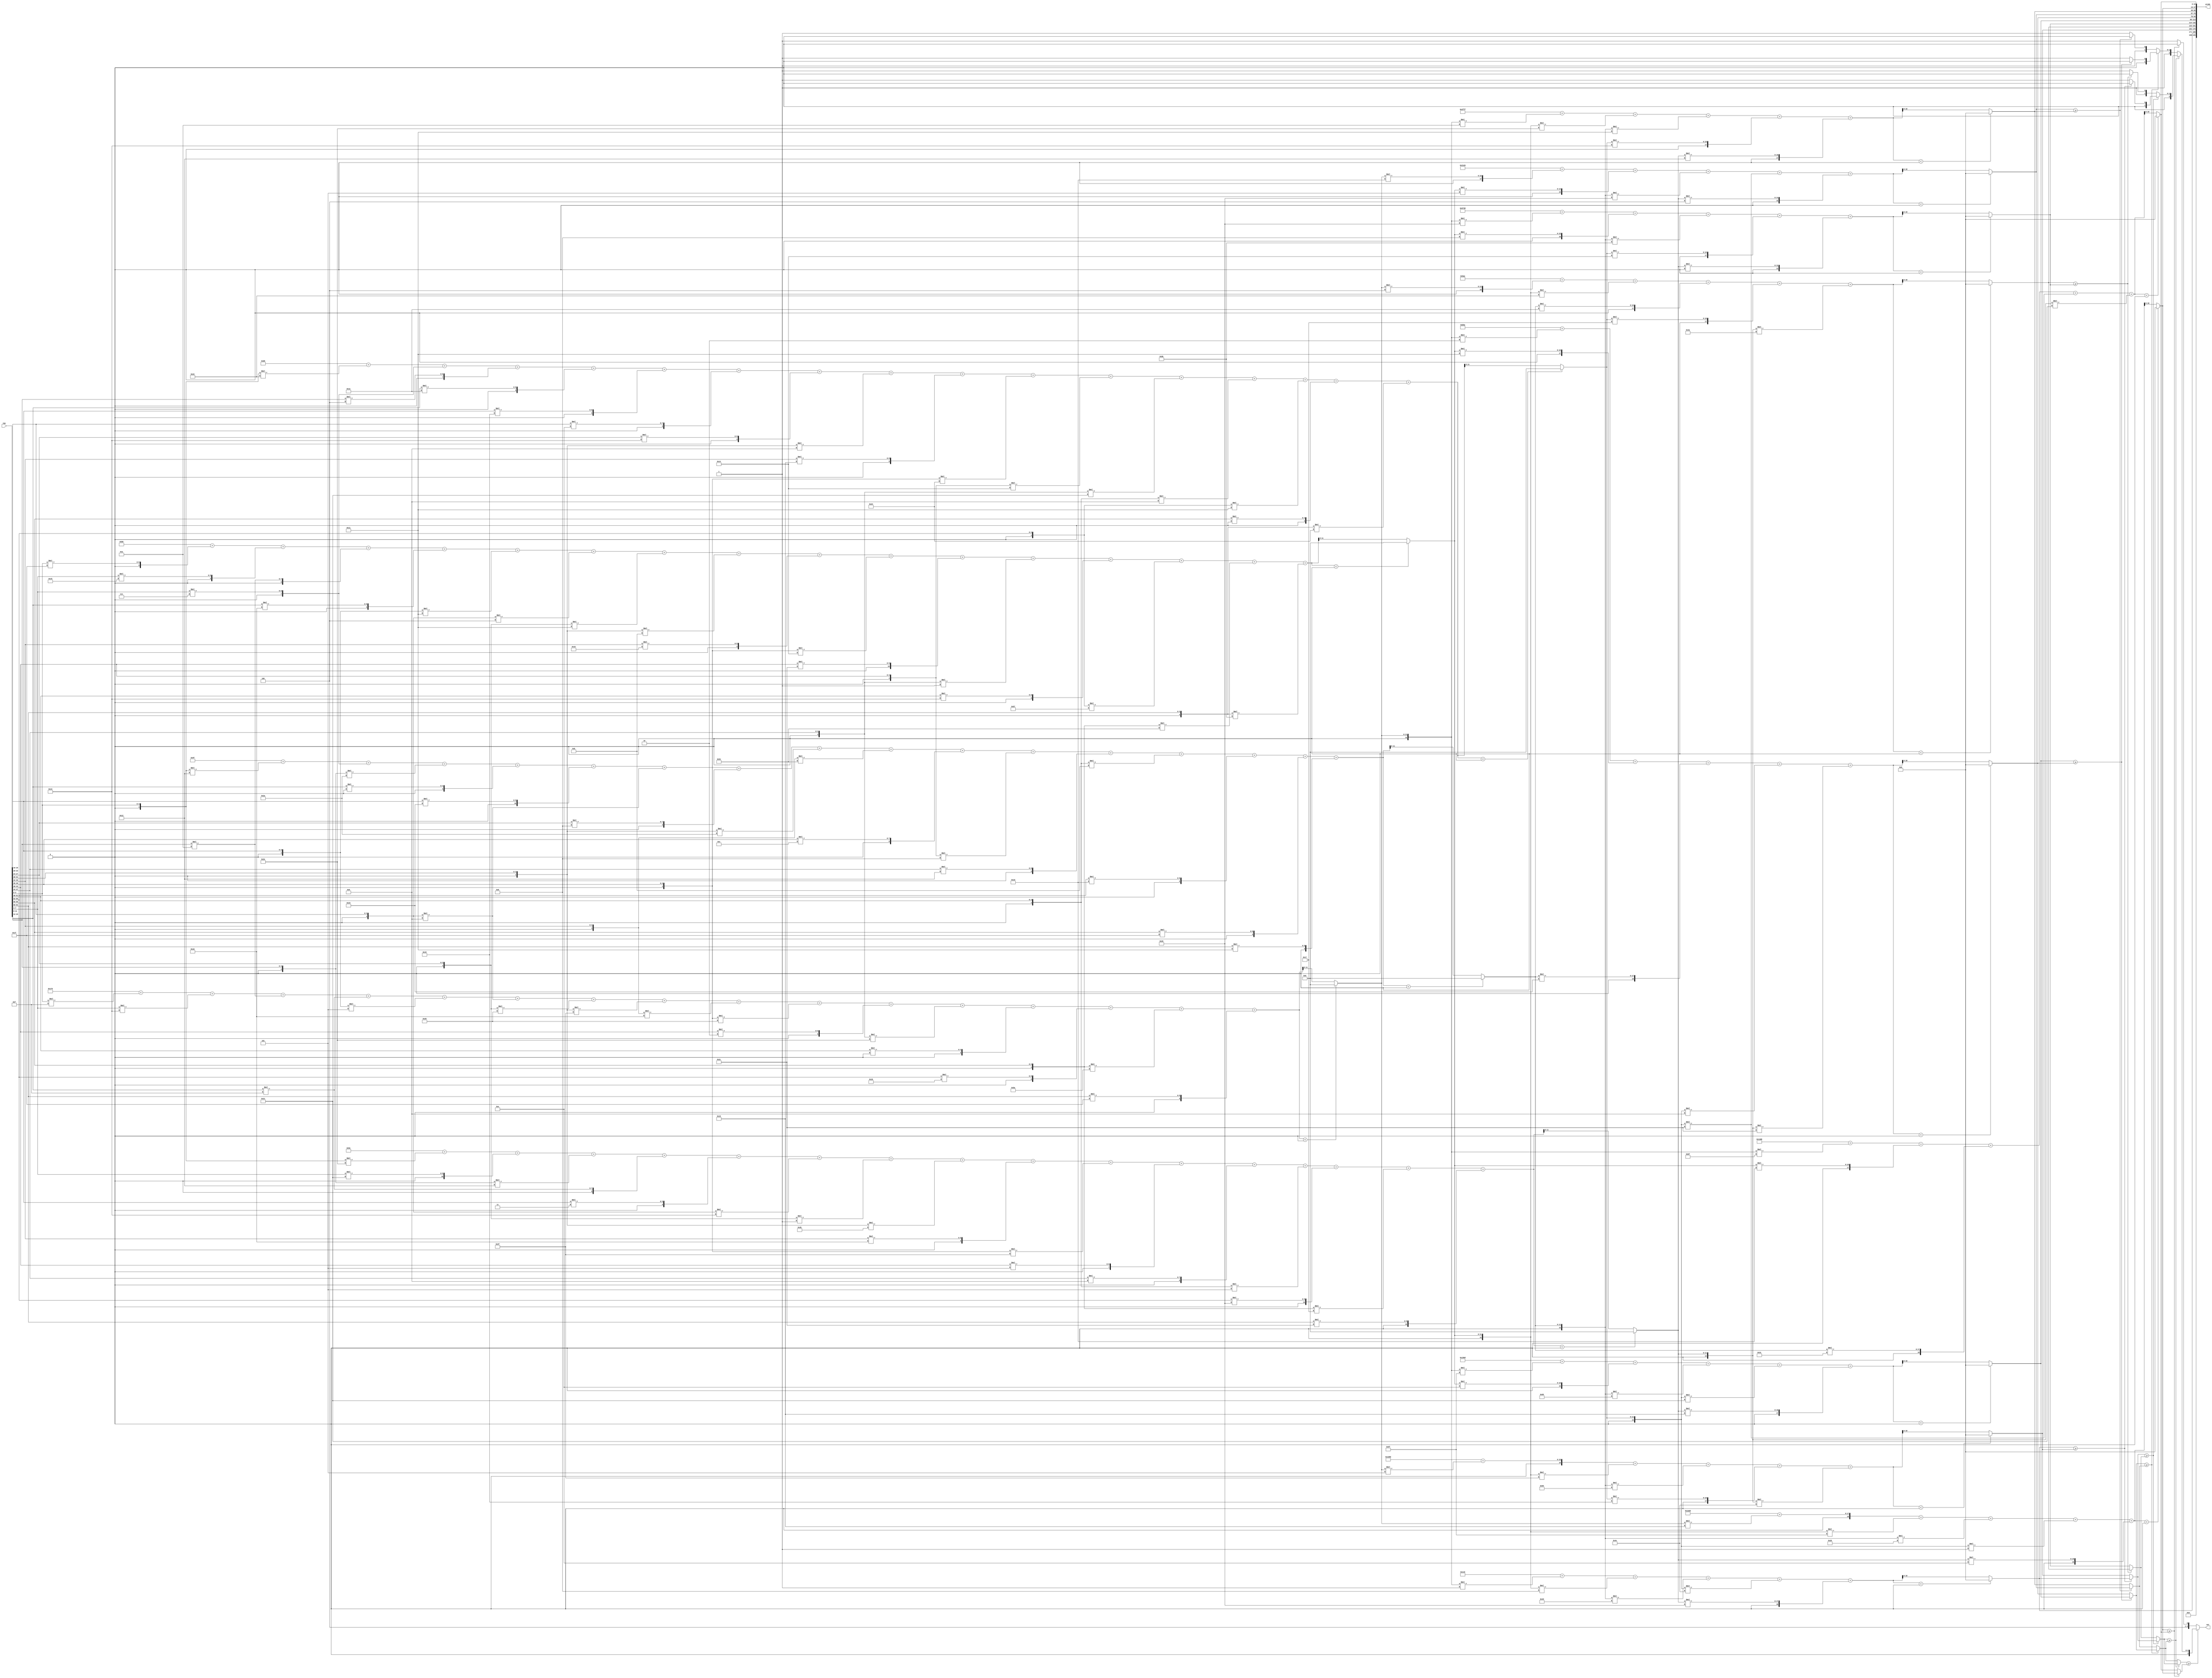
//weights: [[[15, 19, 10, 15, -3, -7, -24, -17, -16, -24, 2, -18, 0, 27, -38, 31], [31, 21, 10, 16, -15, -4, -15, -5, 22, -12, 44, -1, 19, -41, -44, -37], [-14, 7, -22, 0, 35, -7, 8, -22, -44, 12, -8, 18, -5, 29, 31, 17], [-30, 7, 4, 30, 25, 14, 19, -7, 24, -28, -12, -31, -7, -15, 0, -28], [-18, 33, -14, 15, 3, -13, -1, -21, 16, -17, 5, 9, -3, 38, -9, 44]], [[-1, -8, -51, -50, 38], [5, -17, -39, 25, -50], [4, -30, 30, 23, -54], [-26, 8, -37, 20, 0], [-33, 14, -40, -31, 24], [-2, 17, 35, -7, -20], [29, 5, -26, -20, 4], [-6, -18, -15, 19, 18], [24, -33, -27, -1, 14], [-65, 29, 49, -20, -31]]]
//intercepts: [[377, -72, -97, 208, -34], [281, 7576, -1618, -10440, 6413, -1190, -7701, -4225, 6749, 5072]]
//act size: [4, 12, 19]
//pred num: 10
module top (inp, predo, out);
input [63:0] inp;
output [199:0] predo;
output [3:0] out;

// layer: 0 - neuron: 0
    wire signed [11:0] n_0_0_po_0;
    //weight 15: 8'sb00001111
    assign n_0_0_po_0 = $signed({1'b0, inp[3:0]}) * 8'sb00001111;

    wire signed [11:0] n_0_0_po_1;
    //weight 19: 8'sb00010011
    assign n_0_0_po_1 = $signed({1'b0, inp[7:4]}) * 8'sb00010011;

    wire signed [11:0] n_0_0_po_2;
    //weight 10: 8'sb00001010
    assign n_0_0_po_2 = $signed({1'b0, inp[11:8]}) * 8'sb00001010;

    wire signed [11:0] n_0_0_po_3;
    //weight 15: 8'sb00001111
    assign n_0_0_po_3 = $signed({1'b0, inp[15:12]}) * 8'sb00001111;

    wire signed [11:0] n_0_0_po_4;
    //weight -3: 8'sb11111101
    assign n_0_0_po_4 = $signed({1'b0, inp[19:16]}) * 8'sb11111101;

    wire signed [11:0] n_0_0_po_5;
    //weight -7: 8'sb11111001
    assign n_0_0_po_5 = $signed({1'b0, inp[23:20]}) * 8'sb11111001;

    wire signed [11:0] n_0_0_po_6;
    //weight -24: 8'sb11101000
    assign n_0_0_po_6 = $signed({1'b0, inp[27:24]}) * 8'sb11101000;

    wire signed [11:0] n_0_0_po_7;
    //weight -17: 8'sb11101111
    assign n_0_0_po_7 = $signed({1'b0, inp[31:28]}) * 8'sb11101111;

    wire signed [11:0] n_0_0_po_8;
    //weight -16: 8'sb11110000
    assign n_0_0_po_8 = $signed({1'b0, inp[35:32]}) * 8'sb11110000;

    wire signed [11:0] n_0_0_po_9;
    //weight -24: 8'sb11101000
    assign n_0_0_po_9 = $signed({1'b0, inp[39:36]}) * 8'sb11101000;

    wire signed [11:0] n_0_0_po_10;
    //weight 2: 8'sb00000010
    assign n_0_0_po_10 = $signed({1'b0, inp[43:40]}) * 8'sb00000010;

    wire signed [11:0] n_0_0_po_11;
    //weight -18: 8'sb11101110
    assign n_0_0_po_11 = $signed({1'b0, inp[47:44]}) * 8'sb11101110;

    wire signed [11:0] n_0_0_po_12;
    //weight 0: 8'sb00000000
    assign n_0_0_po_12 = $signed({1'b0, inp[51:48]}) * 8'sb00000000;

    wire signed [11:0] n_0_0_po_13;
    //weight 27: 8'sb00011011
    assign n_0_0_po_13 = $signed({1'b0, inp[55:52]}) * 8'sb00011011;

    wire signed [11:0] n_0_0_po_14;
    //weight -38: 8'sb11011010
    assign n_0_0_po_14 = $signed({1'b0, inp[59:56]}) * 8'sb11011010;

    wire signed [11:0] n_0_0_po_15;
    //weight 31: 8'sb00011111
    assign n_0_0_po_15 = $signed({1'b0, inp[63:60]}) * 8'sb00011111;

    wire signed [12:0] n_0_0_sum;
    assign n_0_0_sum = 377 + n_0_0_po_0 + n_0_0_po_1 + n_0_0_po_2 + n_0_0_po_3 + n_0_0_po_4 + n_0_0_po_5 + n_0_0_po_6 + n_0_0_po_7 + n_0_0_po_8 + n_0_0_po_9 + n_0_0_po_10 + n_0_0_po_11 + n_0_0_po_12 + n_0_0_po_13 + n_0_0_po_14 + n_0_0_po_15;
    //relu
    wire [11:0] n_0_0;
    assign n_0_0 = (n_0_0_sum<0) ? $unsigned({12{1'b0}}) : $unsigned(n_0_0_sum[11:0]);

// layer: 0 - neuron: 1
    wire signed [11:0] n_0_1_po_0;
    //weight 31: 8'sb00011111
    assign n_0_1_po_0 = $signed({1'b0, inp[3:0]}) * 8'sb00011111;

    wire signed [11:0] n_0_1_po_1;
    //weight 21: 8'sb00010101
    assign n_0_1_po_1 = $signed({1'b0, inp[7:4]}) * 8'sb00010101;

    wire signed [11:0] n_0_1_po_2;
    //weight 10: 8'sb00001010
    assign n_0_1_po_2 = $signed({1'b0, inp[11:8]}) * 8'sb00001010;

    wire signed [11:0] n_0_1_po_3;
    //weight 16: 8'sb00010000
    assign n_0_1_po_3 = $signed({1'b0, inp[15:12]}) * 8'sb00010000;

    wire signed [11:0] n_0_1_po_4;
    //weight -15: 8'sb11110001
    assign n_0_1_po_4 = $signed({1'b0, inp[19:16]}) * 8'sb11110001;

    wire signed [11:0] n_0_1_po_5;
    //weight -4: 8'sb11111100
    assign n_0_1_po_5 = $signed({1'b0, inp[23:20]}) * 8'sb11111100;

    wire signed [11:0] n_0_1_po_6;
    //weight -15: 8'sb11110001
    assign n_0_1_po_6 = $signed({1'b0, inp[27:24]}) * 8'sb11110001;

    wire signed [11:0] n_0_1_po_7;
    //weight -5: 8'sb11111011
    assign n_0_1_po_7 = $signed({1'b0, inp[31:28]}) * 8'sb11111011;

    wire signed [11:0] n_0_1_po_8;
    //weight 22: 8'sb00010110
    assign n_0_1_po_8 = $signed({1'b0, inp[35:32]}) * 8'sb00010110;

    wire signed [11:0] n_0_1_po_9;
    //weight -12: 8'sb11110100
    assign n_0_1_po_9 = $signed({1'b0, inp[39:36]}) * 8'sb11110100;

    wire signed [11:0] n_0_1_po_10;
    //weight 44: 8'sb00101100
    assign n_0_1_po_10 = $signed({1'b0, inp[43:40]}) * 8'sb00101100;

    wire signed [11:0] n_0_1_po_11;
    //weight -1: 8'sb11111111
    assign n_0_1_po_11 = $signed({1'b0, inp[47:44]}) * 8'sb11111111;

    wire signed [11:0] n_0_1_po_12;
    //weight 19: 8'sb00010011
    assign n_0_1_po_12 = $signed({1'b0, inp[51:48]}) * 8'sb00010011;

    wire signed [11:0] n_0_1_po_13;
    //weight -41: 8'sb11010111
    assign n_0_1_po_13 = $signed({1'b0, inp[55:52]}) * 8'sb11010111;

    wire signed [11:0] n_0_1_po_14;
    //weight -44: 8'sb11010100
    assign n_0_1_po_14 = $signed({1'b0, inp[59:56]}) * 8'sb11010100;

    wire signed [11:0] n_0_1_po_15;
    //weight -37: 8'sb11011011
    assign n_0_1_po_15 = $signed({1'b0, inp[63:60]}) * 8'sb11011011;

    wire signed [12:0] n_0_1_sum;
    assign n_0_1_sum = -72 + n_0_1_po_0 + n_0_1_po_1 + n_0_1_po_2 + n_0_1_po_3 + n_0_1_po_4 + n_0_1_po_5 + n_0_1_po_6 + n_0_1_po_7 + n_0_1_po_8 + n_0_1_po_9 + n_0_1_po_10 + n_0_1_po_11 + n_0_1_po_12 + n_0_1_po_13 + n_0_1_po_14 + n_0_1_po_15;
    //relu
    wire [11:0] n_0_1;
    assign n_0_1 = (n_0_1_sum<0) ? $unsigned({12{1'b0}}) : $unsigned(n_0_1_sum[11:0]);

// layer: 0 - neuron: 2
    wire signed [11:0] n_0_2_po_0;
    //weight -14: 8'sb11110010
    assign n_0_2_po_0 = $signed({1'b0, inp[3:0]}) * 8'sb11110010;

    wire signed [11:0] n_0_2_po_1;
    //weight 7: 8'sb00000111
    assign n_0_2_po_1 = $signed({1'b0, inp[7:4]}) * 8'sb00000111;

    wire signed [11:0] n_0_2_po_2;
    //weight -22: 8'sb11101010
    assign n_0_2_po_2 = $signed({1'b0, inp[11:8]}) * 8'sb11101010;

    wire signed [11:0] n_0_2_po_3;
    //weight 0: 8'sb00000000
    assign n_0_2_po_3 = $signed({1'b0, inp[15:12]}) * 8'sb00000000;

    wire signed [11:0] n_0_2_po_4;
    //weight 35: 8'sb00100011
    assign n_0_2_po_4 = $signed({1'b0, inp[19:16]}) * 8'sb00100011;

    wire signed [11:0] n_0_2_po_5;
    //weight -7: 8'sb11111001
    assign n_0_2_po_5 = $signed({1'b0, inp[23:20]}) * 8'sb11111001;

    wire signed [11:0] n_0_2_po_6;
    //weight 8: 8'sb00001000
    assign n_0_2_po_6 = $signed({1'b0, inp[27:24]}) * 8'sb00001000;

    wire signed [11:0] n_0_2_po_7;
    //weight -22: 8'sb11101010
    assign n_0_2_po_7 = $signed({1'b0, inp[31:28]}) * 8'sb11101010;

    wire signed [11:0] n_0_2_po_8;
    //weight -44: 8'sb11010100
    assign n_0_2_po_8 = $signed({1'b0, inp[35:32]}) * 8'sb11010100;

    wire signed [11:0] n_0_2_po_9;
    //weight 12: 8'sb00001100
    assign n_0_2_po_9 = $signed({1'b0, inp[39:36]}) * 8'sb00001100;

    wire signed [11:0] n_0_2_po_10;
    //weight -8: 8'sb11111000
    assign n_0_2_po_10 = $signed({1'b0, inp[43:40]}) * 8'sb11111000;

    wire signed [11:0] n_0_2_po_11;
    //weight 18: 8'sb00010010
    assign n_0_2_po_11 = $signed({1'b0, inp[47:44]}) * 8'sb00010010;

    wire signed [11:0] n_0_2_po_12;
    //weight -5: 8'sb11111011
    assign n_0_2_po_12 = $signed({1'b0, inp[51:48]}) * 8'sb11111011;

    wire signed [11:0] n_0_2_po_13;
    //weight 29: 8'sb00011101
    assign n_0_2_po_13 = $signed({1'b0, inp[55:52]}) * 8'sb00011101;

    wire signed [11:0] n_0_2_po_14;
    //weight 31: 8'sb00011111
    assign n_0_2_po_14 = $signed({1'b0, inp[59:56]}) * 8'sb00011111;

    wire signed [11:0] n_0_2_po_15;
    //weight 17: 8'sb00010001
    assign n_0_2_po_15 = $signed({1'b0, inp[63:60]}) * 8'sb00010001;

    wire signed [12:0] n_0_2_sum;
    assign n_0_2_sum = -97 + n_0_2_po_0 + n_0_2_po_1 + n_0_2_po_2 + n_0_2_po_3 + n_0_2_po_4 + n_0_2_po_5 + n_0_2_po_6 + n_0_2_po_7 + n_0_2_po_8 + n_0_2_po_9 + n_0_2_po_10 + n_0_2_po_11 + n_0_2_po_12 + n_0_2_po_13 + n_0_2_po_14 + n_0_2_po_15;
    //relu
    wire [11:0] n_0_2;
    assign n_0_2 = (n_0_2_sum<0) ? $unsigned({12{1'b0}}) : $unsigned(n_0_2_sum[11:0]);

// layer: 0 - neuron: 3
    wire signed [11:0] n_0_3_po_0;
    //weight -30: 8'sb11100010
    assign n_0_3_po_0 = $signed({1'b0, inp[3:0]}) * 8'sb11100010;

    wire signed [11:0] n_0_3_po_1;
    //weight 7: 8'sb00000111
    assign n_0_3_po_1 = $signed({1'b0, inp[7:4]}) * 8'sb00000111;

    wire signed [11:0] n_0_3_po_2;
    //weight 4: 8'sb00000100
    assign n_0_3_po_2 = $signed({1'b0, inp[11:8]}) * 8'sb00000100;

    wire signed [11:0] n_0_3_po_3;
    //weight 30: 8'sb00011110
    assign n_0_3_po_3 = $signed({1'b0, inp[15:12]}) * 8'sb00011110;

    wire signed [11:0] n_0_3_po_4;
    //weight 25: 8'sb00011001
    assign n_0_3_po_4 = $signed({1'b0, inp[19:16]}) * 8'sb00011001;

    wire signed [11:0] n_0_3_po_5;
    //weight 14: 8'sb00001110
    assign n_0_3_po_5 = $signed({1'b0, inp[23:20]}) * 8'sb00001110;

    wire signed [11:0] n_0_3_po_6;
    //weight 19: 8'sb00010011
    assign n_0_3_po_6 = $signed({1'b0, inp[27:24]}) * 8'sb00010011;

    wire signed [11:0] n_0_3_po_7;
    //weight -7: 8'sb11111001
    assign n_0_3_po_7 = $signed({1'b0, inp[31:28]}) * 8'sb11111001;

    wire signed [11:0] n_0_3_po_8;
    //weight 24: 8'sb00011000
    assign n_0_3_po_8 = $signed({1'b0, inp[35:32]}) * 8'sb00011000;

    wire signed [11:0] n_0_3_po_9;
    //weight -28: 8'sb11100100
    assign n_0_3_po_9 = $signed({1'b0, inp[39:36]}) * 8'sb11100100;

    wire signed [11:0] n_0_3_po_10;
    //weight -12: 8'sb11110100
    assign n_0_3_po_10 = $signed({1'b0, inp[43:40]}) * 8'sb11110100;

    wire signed [11:0] n_0_3_po_11;
    //weight -31: 8'sb11100001
    assign n_0_3_po_11 = $signed({1'b0, inp[47:44]}) * 8'sb11100001;

    wire signed [11:0] n_0_3_po_12;
    //weight -7: 8'sb11111001
    assign n_0_3_po_12 = $signed({1'b0, inp[51:48]}) * 8'sb11111001;

    wire signed [11:0] n_0_3_po_13;
    //weight -15: 8'sb11110001
    assign n_0_3_po_13 = $signed({1'b0, inp[55:52]}) * 8'sb11110001;

    wire signed [11:0] n_0_3_po_14;
    //weight 0: 8'sb00000000
    assign n_0_3_po_14 = $signed({1'b0, inp[59:56]}) * 8'sb00000000;

    wire signed [11:0] n_0_3_po_15;
    //weight -28: 8'sb11100100
    assign n_0_3_po_15 = $signed({1'b0, inp[63:60]}) * 8'sb11100100;

    wire signed [12:0] n_0_3_sum;
    assign n_0_3_sum = 208 + n_0_3_po_0 + n_0_3_po_1 + n_0_3_po_2 + n_0_3_po_3 + n_0_3_po_4 + n_0_3_po_5 + n_0_3_po_6 + n_0_3_po_7 + n_0_3_po_8 + n_0_3_po_9 + n_0_3_po_10 + n_0_3_po_11 + n_0_3_po_12 + n_0_3_po_13 + n_0_3_po_14 + n_0_3_po_15;
    //relu
    wire [11:0] n_0_3;
    assign n_0_3 = (n_0_3_sum<0) ? $unsigned({12{1'b0}}) : $unsigned(n_0_3_sum[11:0]);

// layer: 0 - neuron: 4
    wire signed [11:0] n_0_4_po_0;
    //weight -18: 8'sb11101110
    assign n_0_4_po_0 = $signed({1'b0, inp[3:0]}) * 8'sb11101110;

    wire signed [11:0] n_0_4_po_1;
    //weight 33: 8'sb00100001
    assign n_0_4_po_1 = $signed({1'b0, inp[7:4]}) * 8'sb00100001;

    wire signed [11:0] n_0_4_po_2;
    //weight -14: 8'sb11110010
    assign n_0_4_po_2 = $signed({1'b0, inp[11:8]}) * 8'sb11110010;

    wire signed [11:0] n_0_4_po_3;
    //weight 15: 8'sb00001111
    assign n_0_4_po_3 = $signed({1'b0, inp[15:12]}) * 8'sb00001111;

    wire signed [11:0] n_0_4_po_4;
    //weight 3: 8'sb00000011
    assign n_0_4_po_4 = $signed({1'b0, inp[19:16]}) * 8'sb00000011;

    wire signed [11:0] n_0_4_po_5;
    //weight -13: 8'sb11110011
    assign n_0_4_po_5 = $signed({1'b0, inp[23:20]}) * 8'sb11110011;

    wire signed [11:0] n_0_4_po_6;
    //weight -1: 8'sb11111111
    assign n_0_4_po_6 = $signed({1'b0, inp[27:24]}) * 8'sb11111111;

    wire signed [11:0] n_0_4_po_7;
    //weight -21: 8'sb11101011
    assign n_0_4_po_7 = $signed({1'b0, inp[31:28]}) * 8'sb11101011;

    wire signed [11:0] n_0_4_po_8;
    //weight 16: 8'sb00010000
    assign n_0_4_po_8 = $signed({1'b0, inp[35:32]}) * 8'sb00010000;

    wire signed [11:0] n_0_4_po_9;
    //weight -17: 8'sb11101111
    assign n_0_4_po_9 = $signed({1'b0, inp[39:36]}) * 8'sb11101111;

    wire signed [11:0] n_0_4_po_10;
    //weight 5: 8'sb00000101
    assign n_0_4_po_10 = $signed({1'b0, inp[43:40]}) * 8'sb00000101;

    wire signed [11:0] n_0_4_po_11;
    //weight 9: 8'sb00001001
    assign n_0_4_po_11 = $signed({1'b0, inp[47:44]}) * 8'sb00001001;

    wire signed [11:0] n_0_4_po_12;
    //weight -3: 8'sb11111101
    assign n_0_4_po_12 = $signed({1'b0, inp[51:48]}) * 8'sb11111101;

    wire signed [11:0] n_0_4_po_13;
    //weight 38: 8'sb00100110
    assign n_0_4_po_13 = $signed({1'b0, inp[55:52]}) * 8'sb00100110;

    wire signed [11:0] n_0_4_po_14;
    //weight -9: 8'sb11110111
    assign n_0_4_po_14 = $signed({1'b0, inp[59:56]}) * 8'sb11110111;

    wire signed [11:0] n_0_4_po_15;
    //weight 44: 8'sb00101100
    assign n_0_4_po_15 = $signed({1'b0, inp[63:60]}) * 8'sb00101100;

    wire signed [12:0] n_0_4_sum;
    assign n_0_4_sum = -34 + n_0_4_po_0 + n_0_4_po_1 + n_0_4_po_2 + n_0_4_po_3 + n_0_4_po_4 + n_0_4_po_5 + n_0_4_po_6 + n_0_4_po_7 + n_0_4_po_8 + n_0_4_po_9 + n_0_4_po_10 + n_0_4_po_11 + n_0_4_po_12 + n_0_4_po_13 + n_0_4_po_14 + n_0_4_po_15;
    //relu
    wire [11:0] n_0_4;
    assign n_0_4 = (n_0_4_sum<0) ? $unsigned({12{1'b0}}) : $unsigned(n_0_4_sum[11:0]);

// layer: 1 - neuron: 0
    wire signed [19:0] n_1_0_po_0;
    //weight -1: 8'sb11111111
    assign n_1_0_po_0 = $signed({1'b0, n_0_0}) * 8'sb11111111;

    wire signed [19:0] n_1_0_po_1;
    //weight -8: 8'sb11111000
    assign n_1_0_po_1 = $signed({1'b0, n_0_1}) * 8'sb11111000;

    wire signed [19:0] n_1_0_po_2;
    //weight -51: 8'sb11001101
    assign n_1_0_po_2 = $signed({1'b0, n_0_2}) * 8'sb11001101;

    wire signed [19:0] n_1_0_po_3;
    //weight -50: 8'sb11001110
    assign n_1_0_po_3 = $signed({1'b0, n_0_3}) * 8'sb11001110;

    wire signed [19:0] n_1_0_po_4;
    //weight 38: 8'sb00100110
    assign n_1_0_po_4 = $signed({1'b0, n_0_4}) * 8'sb00100110;

    wire signed [19:0] n_1_0_sum;
    assign n_1_0_sum = 281 + n_1_0_po_0 + n_1_0_po_1 + n_1_0_po_2 + n_1_0_po_3 + n_1_0_po_4;
    //relu
    wire [18:0] n_1_0;
    assign n_1_0 = (n_1_0_sum<0) ? $unsigned({19{1'b0}}) : $unsigned(n_1_0_sum[18:0]);

// layer: 1 - neuron: 1
    wire signed [19:0] n_1_1_po_0;
    //weight 5: 8'sb00000101
    assign n_1_1_po_0 = $signed({1'b0, n_0_0}) * 8'sb00000101;

    wire signed [19:0] n_1_1_po_1;
    //weight -17: 8'sb11101111
    assign n_1_1_po_1 = $signed({1'b0, n_0_1}) * 8'sb11101111;

    wire signed [19:0] n_1_1_po_2;
    //weight -39: 8'sb11011001
    assign n_1_1_po_2 = $signed({1'b0, n_0_2}) * 8'sb11011001;

    wire signed [19:0] n_1_1_po_3;
    //weight 25: 8'sb00011001
    assign n_1_1_po_3 = $signed({1'b0, n_0_3}) * 8'sb00011001;

    wire signed [19:0] n_1_1_po_4;
    //weight -50: 8'sb11001110
    assign n_1_1_po_4 = $signed({1'b0, n_0_4}) * 8'sb11001110;

    wire signed [19:0] n_1_1_sum;
    assign n_1_1_sum = 7576 + n_1_1_po_0 + n_1_1_po_1 + n_1_1_po_2 + n_1_1_po_3 + n_1_1_po_4;
    //relu
    wire [18:0] n_1_1;
    assign n_1_1 = (n_1_1_sum<0) ? $unsigned({19{1'b0}}) : $unsigned(n_1_1_sum[18:0]);

// layer: 1 - neuron: 2
    wire signed [19:0] n_1_2_po_0;
    //weight 4: 8'sb00000100
    assign n_1_2_po_0 = $signed({1'b0, n_0_0}) * 8'sb00000100;

    wire signed [19:0] n_1_2_po_1;
    //weight -30: 8'sb11100010
    assign n_1_2_po_1 = $signed({1'b0, n_0_1}) * 8'sb11100010;

    wire signed [19:0] n_1_2_po_2;
    //weight 30: 8'sb00011110
    assign n_1_2_po_2 = $signed({1'b0, n_0_2}) * 8'sb00011110;

    wire signed [19:0] n_1_2_po_3;
    //weight 23: 8'sb00010111
    assign n_1_2_po_3 = $signed({1'b0, n_0_3}) * 8'sb00010111;

    wire signed [19:0] n_1_2_po_4;
    //weight -54: 8'sb11001010
    assign n_1_2_po_4 = $signed({1'b0, n_0_4}) * 8'sb11001010;

    wire signed [19:0] n_1_2_sum;
    assign n_1_2_sum = -1618 + n_1_2_po_0 + n_1_2_po_1 + n_1_2_po_2 + n_1_2_po_3 + n_1_2_po_4;
    //relu
    wire [18:0] n_1_2;
    assign n_1_2 = (n_1_2_sum<0) ? $unsigned({19{1'b0}}) : $unsigned(n_1_2_sum[18:0]);

// layer: 1 - neuron: 3
    wire signed [19:0] n_1_3_po_0;
    //weight -26: 8'sb11100110
    assign n_1_3_po_0 = $signed({1'b0, n_0_0}) * 8'sb11100110;

    wire signed [19:0] n_1_3_po_1;
    //weight 8: 8'sb00001000
    assign n_1_3_po_1 = $signed({1'b0, n_0_1}) * 8'sb00001000;

    wire signed [19:0] n_1_3_po_2;
    //weight -37: 8'sb11011011
    assign n_1_3_po_2 = $signed({1'b0, n_0_2}) * 8'sb11011011;

    wire signed [19:0] n_1_3_po_3;
    //weight 20: 8'sb00010100
    assign n_1_3_po_3 = $signed({1'b0, n_0_3}) * 8'sb00010100;

    wire signed [19:0] n_1_3_po_4;
    //weight 0: 8'sb00000000
    assign n_1_3_po_4 = $signed({1'b0, n_0_4}) * 8'sb00000000;

    wire signed [19:0] n_1_3_sum;
    assign n_1_3_sum = -10440 + n_1_3_po_0 + n_1_3_po_1 + n_1_3_po_2 + n_1_3_po_3 + n_1_3_po_4;
    //relu
    wire [18:0] n_1_3;
    assign n_1_3 = (n_1_3_sum<0) ? $unsigned({19{1'b0}}) : $unsigned(n_1_3_sum[18:0]);

// layer: 1 - neuron: 4
    wire signed [19:0] n_1_4_po_0;
    //weight -33: 8'sb11011111
    assign n_1_4_po_0 = $signed({1'b0, n_0_0}) * 8'sb11011111;

    wire signed [19:0] n_1_4_po_1;
    //weight 14: 8'sb00001110
    assign n_1_4_po_1 = $signed({1'b0, n_0_1}) * 8'sb00001110;

    wire signed [19:0] n_1_4_po_2;
    //weight -40: 8'sb11011000
    assign n_1_4_po_2 = $signed({1'b0, n_0_2}) * 8'sb11011000;

    wire signed [19:0] n_1_4_po_3;
    //weight -31: 8'sb11100001
    assign n_1_4_po_3 = $signed({1'b0, n_0_3}) * 8'sb11100001;

    wire signed [19:0] n_1_4_po_4;
    //weight 24: 8'sb00011000
    assign n_1_4_po_4 = $signed({1'b0, n_0_4}) * 8'sb00011000;

    wire signed [19:0] n_1_4_sum;
    assign n_1_4_sum = 6413 + n_1_4_po_0 + n_1_4_po_1 + n_1_4_po_2 + n_1_4_po_3 + n_1_4_po_4;
    //relu
    wire [18:0] n_1_4;
    assign n_1_4 = (n_1_4_sum<0) ? $unsigned({19{1'b0}}) : $unsigned(n_1_4_sum[18:0]);

// layer: 1 - neuron: 5
    wire signed [19:0] n_1_5_po_0;
    //weight -2: 8'sb11111110
    assign n_1_5_po_0 = $signed({1'b0, n_0_0}) * 8'sb11111110;

    wire signed [19:0] n_1_5_po_1;
    //weight 17: 8'sb00010001
    assign n_1_5_po_1 = $signed({1'b0, n_0_1}) * 8'sb00010001;

    wire signed [19:0] n_1_5_po_2;
    //weight 35: 8'sb00100011
    assign n_1_5_po_2 = $signed({1'b0, n_0_2}) * 8'sb00100011;

    wire signed [19:0] n_1_5_po_3;
    //weight -7: 8'sb11111001
    assign n_1_5_po_3 = $signed({1'b0, n_0_3}) * 8'sb11111001;

    wire signed [19:0] n_1_5_po_4;
    //weight -20: 8'sb11101100
    assign n_1_5_po_4 = $signed({1'b0, n_0_4}) * 8'sb11101100;

    wire signed [19:0] n_1_5_sum;
    assign n_1_5_sum = -1190 + n_1_5_po_0 + n_1_5_po_1 + n_1_5_po_2 + n_1_5_po_3 + n_1_5_po_4;
    //relu
    wire [18:0] n_1_5;
    assign n_1_5 = (n_1_5_sum<0) ? $unsigned({19{1'b0}}) : $unsigned(n_1_5_sum[18:0]);

// layer: 1 - neuron: 6
    wire signed [19:0] n_1_6_po_0;
    //weight 29: 8'sb00011101
    assign n_1_6_po_0 = $signed({1'b0, n_0_0}) * 8'sb00011101;

    wire signed [19:0] n_1_6_po_1;
    //weight 5: 8'sb00000101
    assign n_1_6_po_1 = $signed({1'b0, n_0_1}) * 8'sb00000101;

    wire signed [19:0] n_1_6_po_2;
    //weight -26: 8'sb11100110
    assign n_1_6_po_2 = $signed({1'b0, n_0_2}) * 8'sb11100110;

    wire signed [19:0] n_1_6_po_3;
    //weight -20: 8'sb11101100
    assign n_1_6_po_3 = $signed({1'b0, n_0_3}) * 8'sb11101100;

    wire signed [19:0] n_1_6_po_4;
    //weight 4: 8'sb00000100
    assign n_1_6_po_4 = $signed({1'b0, n_0_4}) * 8'sb00000100;

    wire signed [19:0] n_1_6_sum;
    assign n_1_6_sum = -7701 + n_1_6_po_0 + n_1_6_po_1 + n_1_6_po_2 + n_1_6_po_3 + n_1_6_po_4;
    //relu
    wire [18:0] n_1_6;
    assign n_1_6 = (n_1_6_sum<0) ? $unsigned({19{1'b0}}) : $unsigned(n_1_6_sum[18:0]);

// layer: 1 - neuron: 7
    wire signed [19:0] n_1_7_po_0;
    //weight -6: 8'sb11111010
    assign n_1_7_po_0 = $signed({1'b0, n_0_0}) * 8'sb11111010;

    wire signed [19:0] n_1_7_po_1;
    //weight -18: 8'sb11101110
    assign n_1_7_po_1 = $signed({1'b0, n_0_1}) * 8'sb11101110;

    wire signed [19:0] n_1_7_po_2;
    //weight -15: 8'sb11110001
    assign n_1_7_po_2 = $signed({1'b0, n_0_2}) * 8'sb11110001;

    wire signed [19:0] n_1_7_po_3;
    //weight 19: 8'sb00010011
    assign n_1_7_po_3 = $signed({1'b0, n_0_3}) * 8'sb00010011;

    wire signed [19:0] n_1_7_po_4;
    //weight 18: 8'sb00010010
    assign n_1_7_po_4 = $signed({1'b0, n_0_4}) * 8'sb00010010;

    wire signed [19:0] n_1_7_sum;
    assign n_1_7_sum = -4225 + n_1_7_po_0 + n_1_7_po_1 + n_1_7_po_2 + n_1_7_po_3 + n_1_7_po_4;
    //relu
    wire [18:0] n_1_7;
    assign n_1_7 = (n_1_7_sum<0) ? $unsigned({19{1'b0}}) : $unsigned(n_1_7_sum[18:0]);

// layer: 1 - neuron: 8
    wire signed [19:0] n_1_8_po_0;
    //weight 24: 8'sb00011000
    assign n_1_8_po_0 = $signed({1'b0, n_0_0}) * 8'sb00011000;

    wire signed [19:0] n_1_8_po_1;
    //weight -33: 8'sb11011111
    assign n_1_8_po_1 = $signed({1'b0, n_0_1}) * 8'sb11011111;

    wire signed [19:0] n_1_8_po_2;
    //weight -27: 8'sb11100101
    assign n_1_8_po_2 = $signed({1'b0, n_0_2}) * 8'sb11100101;

    wire signed [19:0] n_1_8_po_3;
    //weight -1: 8'sb11111111
    assign n_1_8_po_3 = $signed({1'b0, n_0_3}) * 8'sb11111111;

    wire signed [19:0] n_1_8_po_4;
    //weight 14: 8'sb00001110
    assign n_1_8_po_4 = $signed({1'b0, n_0_4}) * 8'sb00001110;

    wire signed [19:0] n_1_8_sum;
    assign n_1_8_sum = 6749 + n_1_8_po_0 + n_1_8_po_1 + n_1_8_po_2 + n_1_8_po_3 + n_1_8_po_4;
    //relu
    wire [18:0] n_1_8;
    assign n_1_8 = (n_1_8_sum<0) ? $unsigned({19{1'b0}}) : $unsigned(n_1_8_sum[18:0]);

// layer: 1 - neuron: 9
    wire signed [19:0] n_1_9_po_0;
    //weight -65: 8'sb10111111
    assign n_1_9_po_0 = $signed({1'b0, n_0_0}) * 8'sb10111111;

    wire signed [19:0] n_1_9_po_1;
    //weight 29: 8'sb00011101
    assign n_1_9_po_1 = $signed({1'b0, n_0_1}) * 8'sb00011101;

    wire signed [19:0] n_1_9_po_2;
    //weight 49: 8'sb00110001
    assign n_1_9_po_2 = $signed({1'b0, n_0_2}) * 8'sb00110001;

    wire signed [19:0] n_1_9_po_3;
    //weight -20: 8'sb11101100
    assign n_1_9_po_3 = $signed({1'b0, n_0_3}) * 8'sb11101100;

    wire signed [19:0] n_1_9_po_4;
    //weight -31: 8'sb11100001
    assign n_1_9_po_4 = $signed({1'b0, n_0_4}) * 8'sb11100001;

    wire signed [19:0] n_1_9_sum;
    assign n_1_9_sum = 5072 + n_1_9_po_0 + n_1_9_po_1 + n_1_9_po_2 + n_1_9_po_3 + n_1_9_po_4;
    //relu
    wire [18:0] n_1_9;
    assign n_1_9 = (n_1_9_sum<0) ? $unsigned({19{1'b0}}) : $unsigned(n_1_9_sum[18:0]);

    assign predo = {n_1_0,n_1_1,n_1_2,n_1_3,n_1_4,n_1_5,n_1_6,n_1_7,n_1_8,n_1_9};
// argmax: 10 classes, need 4 bits
// argmax inp: n_1_0, n_1_1, n_1_2, n_1_3, n_1_4, n_1_5, n_1_6, n_1_7, n_1_8, n_1_9
    //comp level 0
    wire cmp_0_0;
    wire [19:0] argmax_val_0_0;
    wire [3:0] argmax_idx_0_0;
    assign {cmp_0_0} = ( n_1_0 >= n_1_1 );
    assign {argmax_val_0_0} = ( cmp_0_0 ) ? n_1_0 : n_1_1;
    assign {argmax_idx_0_0} = ( cmp_0_0 ) ? 4'b0000 : 4'b0001;

    wire cmp_0_2;
    wire [19:0] argmax_val_0_2;
    wire [3:0] argmax_idx_0_2;
    assign {cmp_0_2} = ( n_1_2 >= n_1_3 );
    assign {argmax_val_0_2} = ( cmp_0_2 ) ? n_1_2 : n_1_3;
    assign {argmax_idx_0_2} = ( cmp_0_2 ) ? 4'b0010 : 4'b0011;

    wire cmp_0_4;
    wire [19:0] argmax_val_0_4;
    wire [3:0] argmax_idx_0_4;
    assign {cmp_0_4} = ( n_1_4 >= n_1_5 );
    assign {argmax_val_0_4} = ( cmp_0_4 ) ? n_1_4 : n_1_5;
    assign {argmax_idx_0_4} = ( cmp_0_4 ) ? 4'b0100 : 4'b0101;

    wire cmp_0_6;
    wire [19:0] argmax_val_0_6;
    wire [3:0] argmax_idx_0_6;
    assign {cmp_0_6} = ( n_1_6 >= n_1_7 );
    assign {argmax_val_0_6} = ( cmp_0_6 ) ? n_1_6 : n_1_7;
    assign {argmax_idx_0_6} = ( cmp_0_6 ) ? 4'b0110 : 4'b0111;

    wire cmp_0_8;
    wire [19:0] argmax_val_0_8;
    wire [3:0] argmax_idx_0_8;
    assign {cmp_0_8} = ( n_1_8 >= n_1_9 );
    assign {argmax_val_0_8} = ( cmp_0_8 ) ? n_1_8 : n_1_9;
    assign {argmax_idx_0_8} = ( cmp_0_8 ) ? 4'b1000 : 4'b1001;

    //comp level 1
    wire cmp_1_0;
    wire [19:0] argmax_val_1_0;
    wire [3:0] argmax_idx_1_0;
    assign {cmp_1_0} = ( argmax_val_0_0 >= argmax_val_0_2 );
    assign {argmax_val_1_0} = ( cmp_1_0 ) ? argmax_val_0_0 : argmax_val_0_2;
    assign {argmax_idx_1_0} = ( cmp_1_0 ) ? argmax_idx_0_0 : argmax_idx_0_2;

    wire cmp_1_2;
    wire [19:0] argmax_val_1_2;
    wire [3:0] argmax_idx_1_2;
    assign {cmp_1_2} = ( argmax_val_0_4 >= argmax_val_0_6 );
    assign {argmax_val_1_2} = ( cmp_1_2 ) ? argmax_val_0_4 : argmax_val_0_6;
    assign {argmax_idx_1_2} = ( cmp_1_2 ) ? argmax_idx_0_4 : argmax_idx_0_6;

    //comp level 2
    wire cmp_2_0;
    wire [19:0] argmax_val_2_0;
    wire [3:0] argmax_idx_2_0;
    assign {cmp_2_0} = ( argmax_val_1_0 >= argmax_val_1_2 );
    assign {argmax_val_2_0} = ( cmp_2_0 ) ? argmax_val_1_0 : argmax_val_1_2;
    assign {argmax_idx_2_0} = ( cmp_2_0 ) ? argmax_idx_1_0 : argmax_idx_1_2;

    //comp level 3
    wire cmp_3_0;
    wire [19:0] argmax_val_3_0;
    wire [3:0] argmax_idx_3_0;
    assign {cmp_3_0} = ( argmax_val_2_0 >= argmax_val_0_8 );
    assign {argmax_val_3_0} = ( cmp_3_0 ) ? argmax_val_2_0 : argmax_val_0_8;
    assign {argmax_idx_3_0} = ( cmp_3_0 ) ? argmax_idx_2_0 : argmax_idx_0_8;

    assign out = argmax_idx_3_0;

endmodule